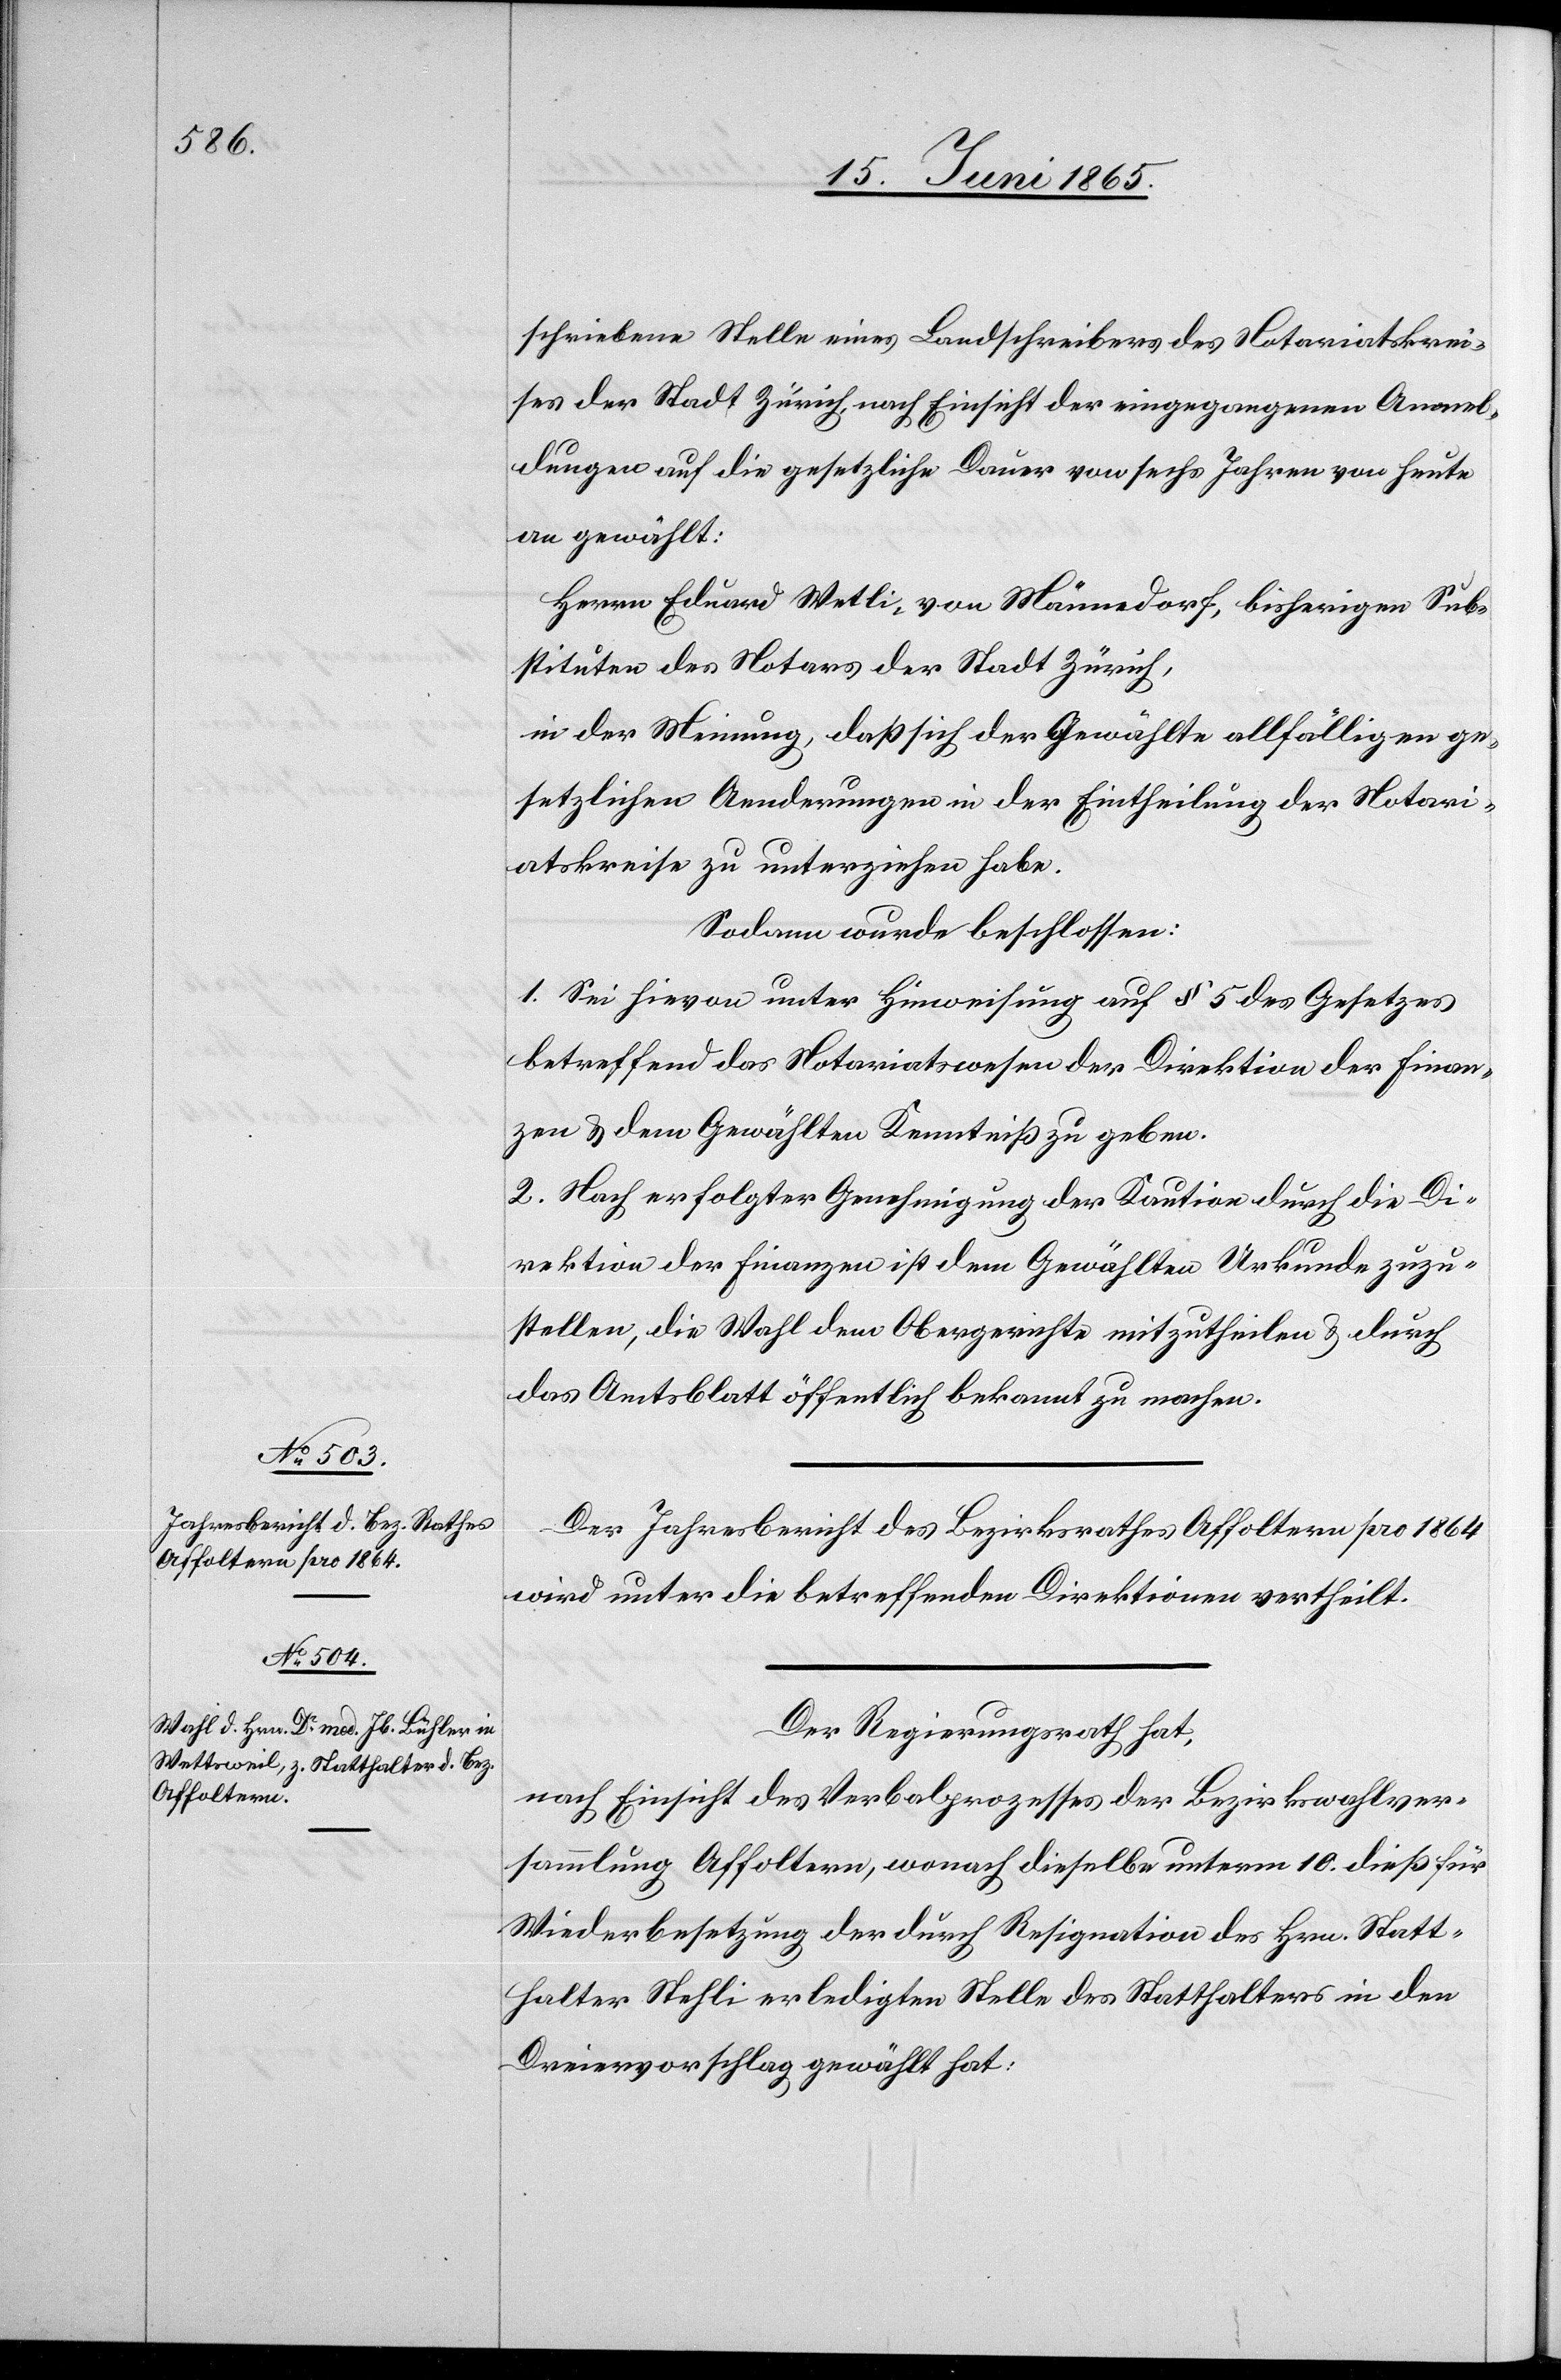
schriebene Stelle eines Landschreibers der Stadt
Anmeldungen auf die gesetzliche Dauer von sechs Jahren von heute
an gewählt:
Herrn Eduard Wetli, von Männedorf, bisherigen Sub¬
stituten des Notars der Stadt Zürich,
in der Meinung, daß sich der Gewählte allfälligen ge¬
setzlichen Aenderungen in der Eintheilung der Notari¬
atskreise zu unterziehen habe.
Sodann wurde beschlossen:
1. Sei hievon unter Hinweisung auf § 5 des Gesetzes
betreffend das Notariatswesen der Direktion der Finan¬
zen & dem Gewählten Kenntniß zu geben.
2. Nach erfolgter Genehmigung der Kaution durch die Di¬
rektion der Finanzen ist dem Gewählten Urkunde zuzu¬
stellen, die Wahl dem Obergerichte mitzutheilen & durch
das Amtsblatt öffentlich bekannt zu machen.
Der Jahresbericht des Bezirksrathes Affoltern pro 1864
wird unter die betreffenden Direktionen vertheilt.
Der Regierungsrath hat,
nach Einsicht des Verbalprozesses der Bezirkswahlver¬
sammlung Affoltern, wonach dieselbe unterm 10. dieß für
Wiederbesetzung der durch Resignation des Hrn. Statt¬
halter Stehli erledigten Stelle des Statthalters in den
Dreiervorschlag gewählt hat: